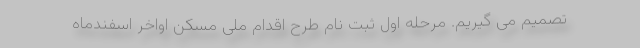
تصمیم می گیریم. مرحله اول ثبت نام طرح اقدام ملی مسکن اواخر اسفندماه